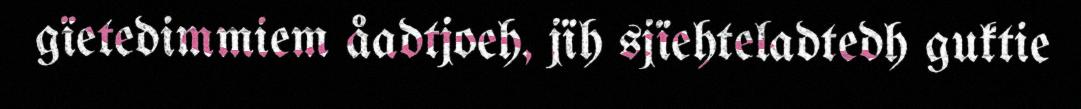
gïetedimmiem åadtjoeh, jïh sjïehteladtedh guktie